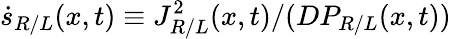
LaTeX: \dot{s}_{R/L}(x,t)\equiv J_{R/L}^{2}(x,t)/(DP_{R/L}(x,t))